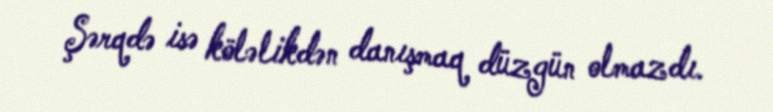
Şərqdə isə köləlikdən danışmaq düzgün olmazdı.